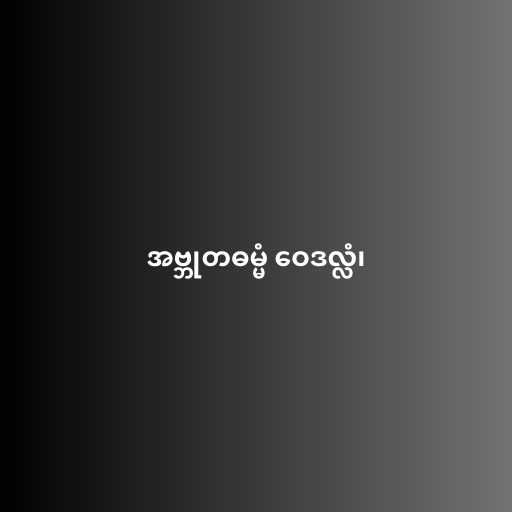
အဗ္ဘုတဓမ္မံ ဝေဒလ္လံ၊